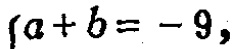
\(a + b = - 9,\)